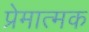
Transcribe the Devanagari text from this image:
प्रेमात्मक